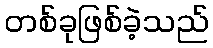
တစ်ခုဖြစ်ခဲ့သည်